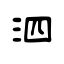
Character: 泗